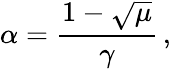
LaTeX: \alpha=\frac{1-\sqrt{\mu}}{\gamma}\, ,